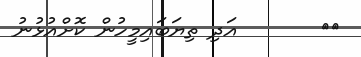
٣٩       އަދި ތިޔަބައިމީހުން ކޮށްއުޅުނު